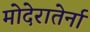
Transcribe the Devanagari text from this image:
मोदेरातेर्ना